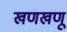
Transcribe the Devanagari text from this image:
खणखणू